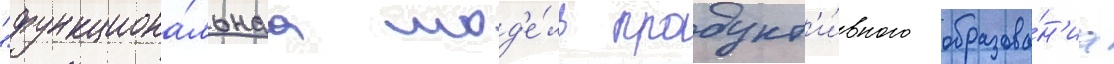
"функциона́льнаа мод'е́ль продукт'и́вного образова́н'иа